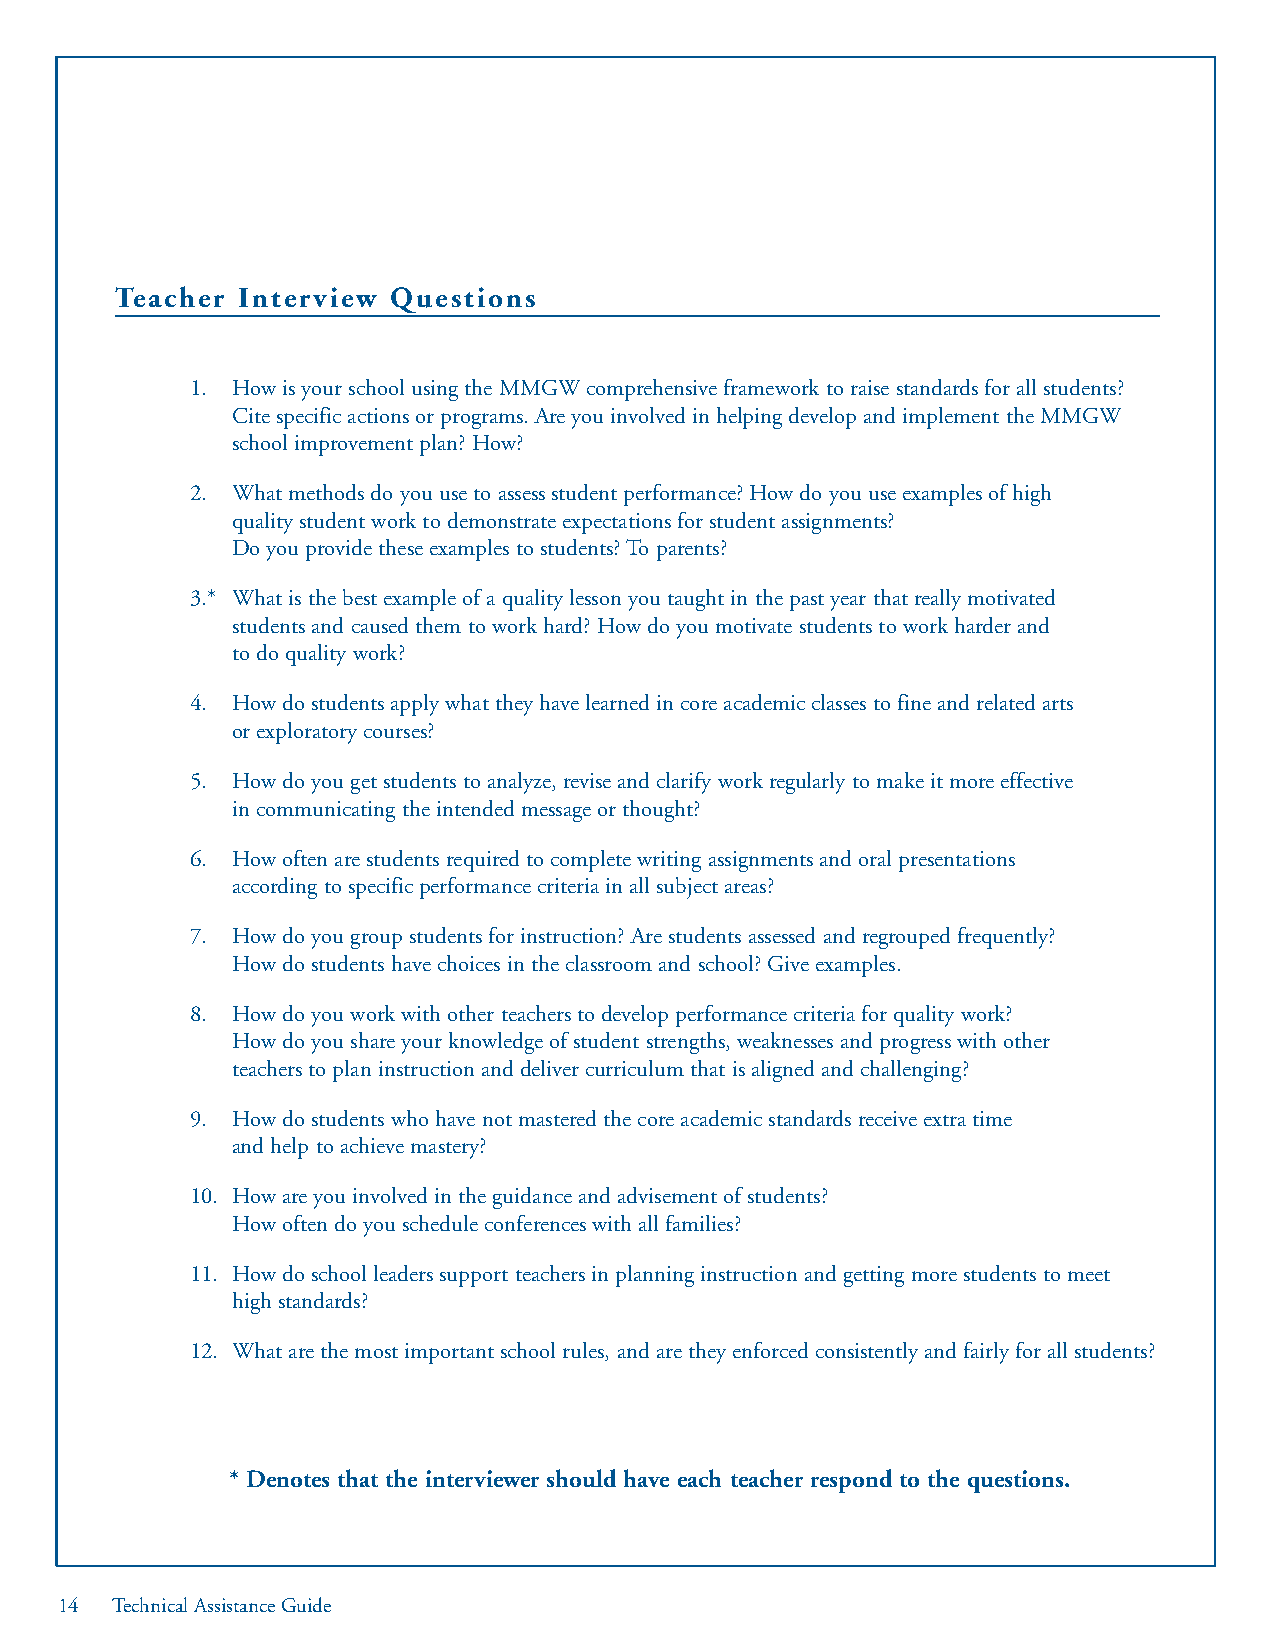
Teacher Interview Questions
 1. How is your school using the MMGW comprehensive framework to raise standards for all students?
 Cite specific actions or programs. Are you involved in helping develop and implement the MMGW
 school improvement plan? How?
 2. What methods do you use to assess student performance? How do you use examples of high
 quality student work to demonstrate expectations for student assignments?
 Do you provide these examples to students? To parents?
 3.* What is the best example of a quality lesson you taught in the past year that really motivated
 students and caused them to work hard? How do you motivate students to work harder and
 to do quality work?
 4. How do students apply what they have learned in core academic classes to fine and related arts
 or exploratory courses?
 5. How do you get students to analyze, revise and clarify work regularly to make it more effective
 in communicating the intended message or thought?
 6. How often are students required to complete writing assignments and oral presentations
 according to specific performance criteria in all subject areas?
 7. How do you group students for instruction? Are students assessed and regrouped frequently?
 How do students have choices in the classroom and school? Give examples.
 8. How do you work with other teachers to develop performance criteria for quality work?
 How do you share your knowledge of student strengths, weaknesses and progress with other
 teachers to plan instruction and deliver curriculum that is aligned and challenging?
 9. How do students who have not mastered the core academic standards receive extra time
 and help to achieve mastery?
 10. How are you involved in the guidance and advisement of students?
 How often do you schedule conferences with all families?
 11. How do school leaders support teachers in planning instruction and getting more students to meet
 high standards?
 12. What are the most important school rules, and are they enforced consistently and fairly for all students?
 * Denotes that the interviewer should have each teacher respond to the questions.
 14 Technical Assistance Guide